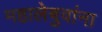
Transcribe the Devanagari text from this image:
महालेबुवांना